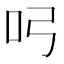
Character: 𭇂